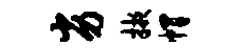
劣掖帽